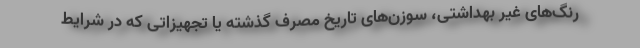
رنگ‌های غیر بهداشتی، سوزن‌های تاریخ مصرف گذشته یا تجهیزاتی که در شرایط